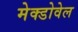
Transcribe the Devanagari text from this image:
मेक्डोवेल